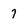
Character: 7